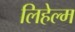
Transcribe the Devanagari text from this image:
लिहेल्म